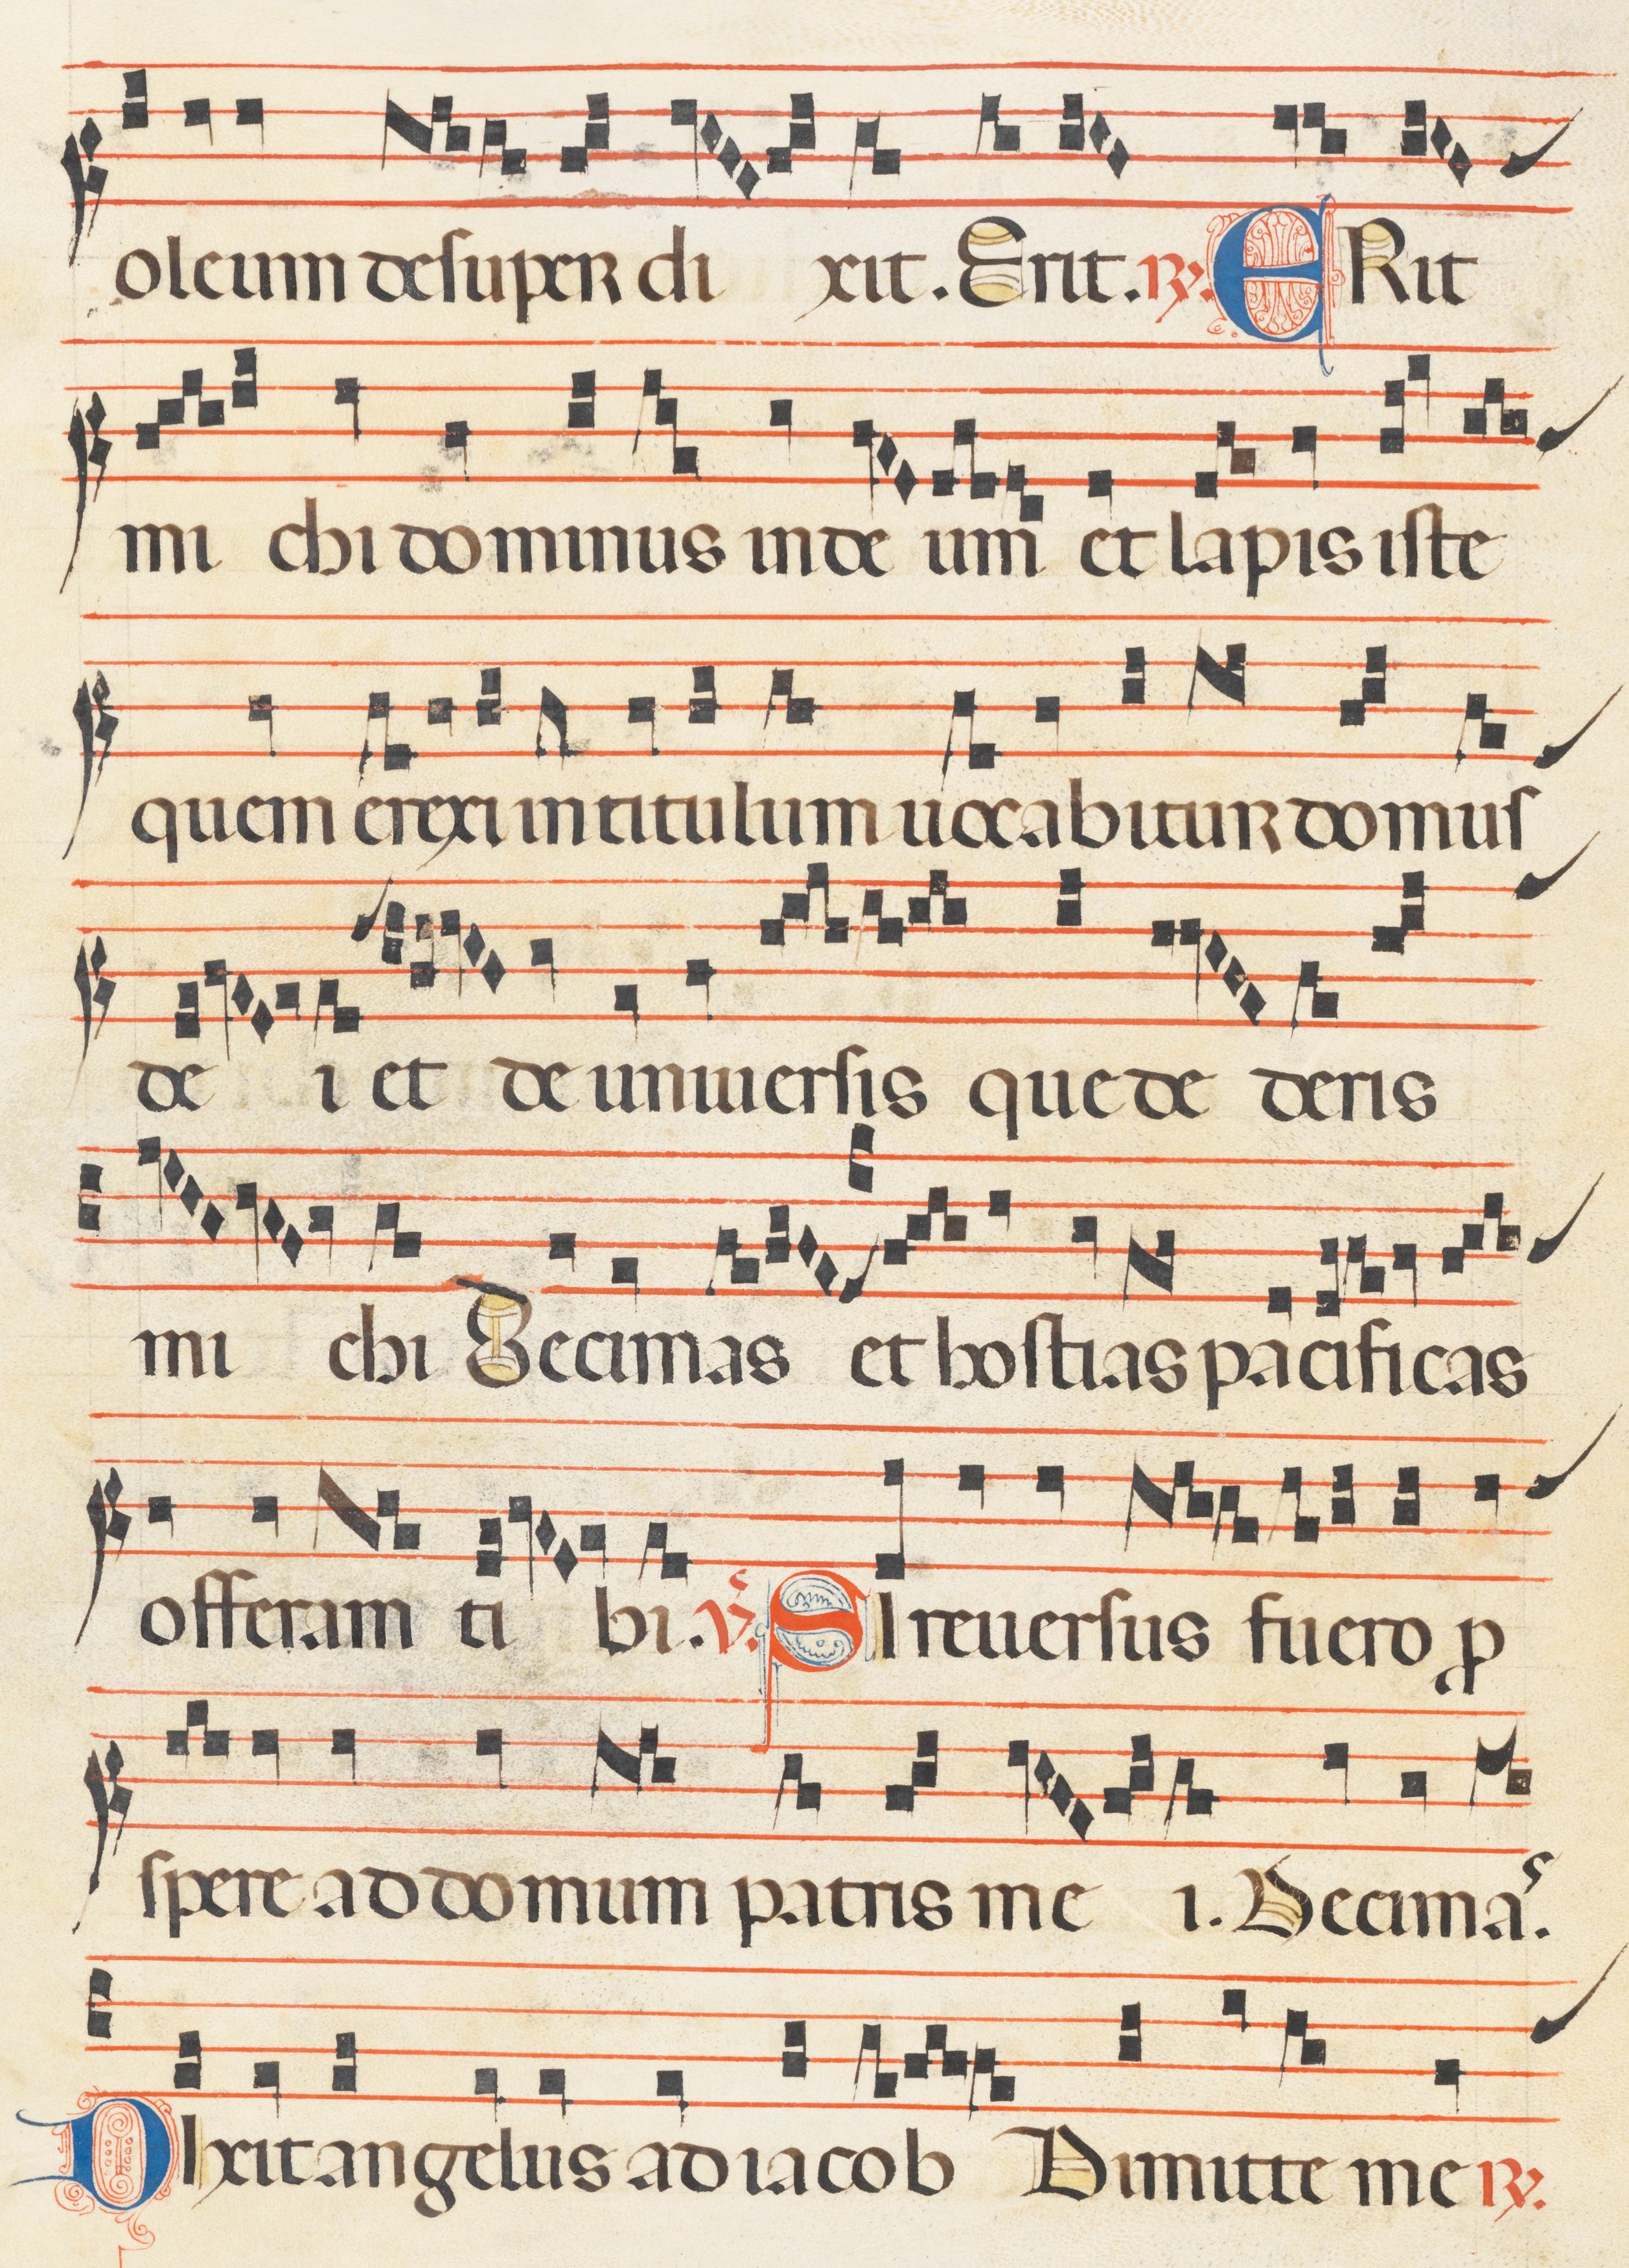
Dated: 1300–1330